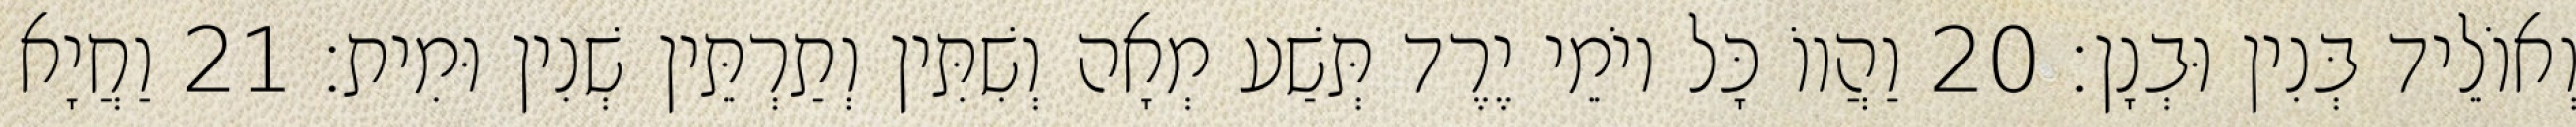
וְאוֹלֵיד בְּנִין וּבְנָן׃ 20 וַהֲווֹ כָּל יוֹמֵי יֶרֶד תְּשַׁע מְאָה וְשִׁתִּין וְתַרְתֵּין שְׁנִין וּמִית׃ 21 וַחֲיָא